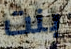
بنت